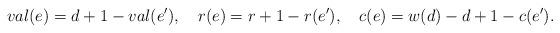
LaTeX: \begin{align*}val(e)= d+1-val(e'), \ \ \ r(e) = r+1-r(e'), \ \ \ c(e) = w(d)-d+1-c(e').\end{align*}